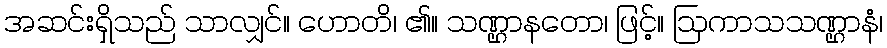
အဆင်းရှိသည် သာလျှင်။ ဟောတိ၊ ၏။ သဏ္ဌာနတော၊ ဖြင့်။ ဩကာသသဏ္ဌာနံ၊